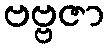
ဗဗ္ဗဇာ